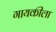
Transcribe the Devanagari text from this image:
गायकीला